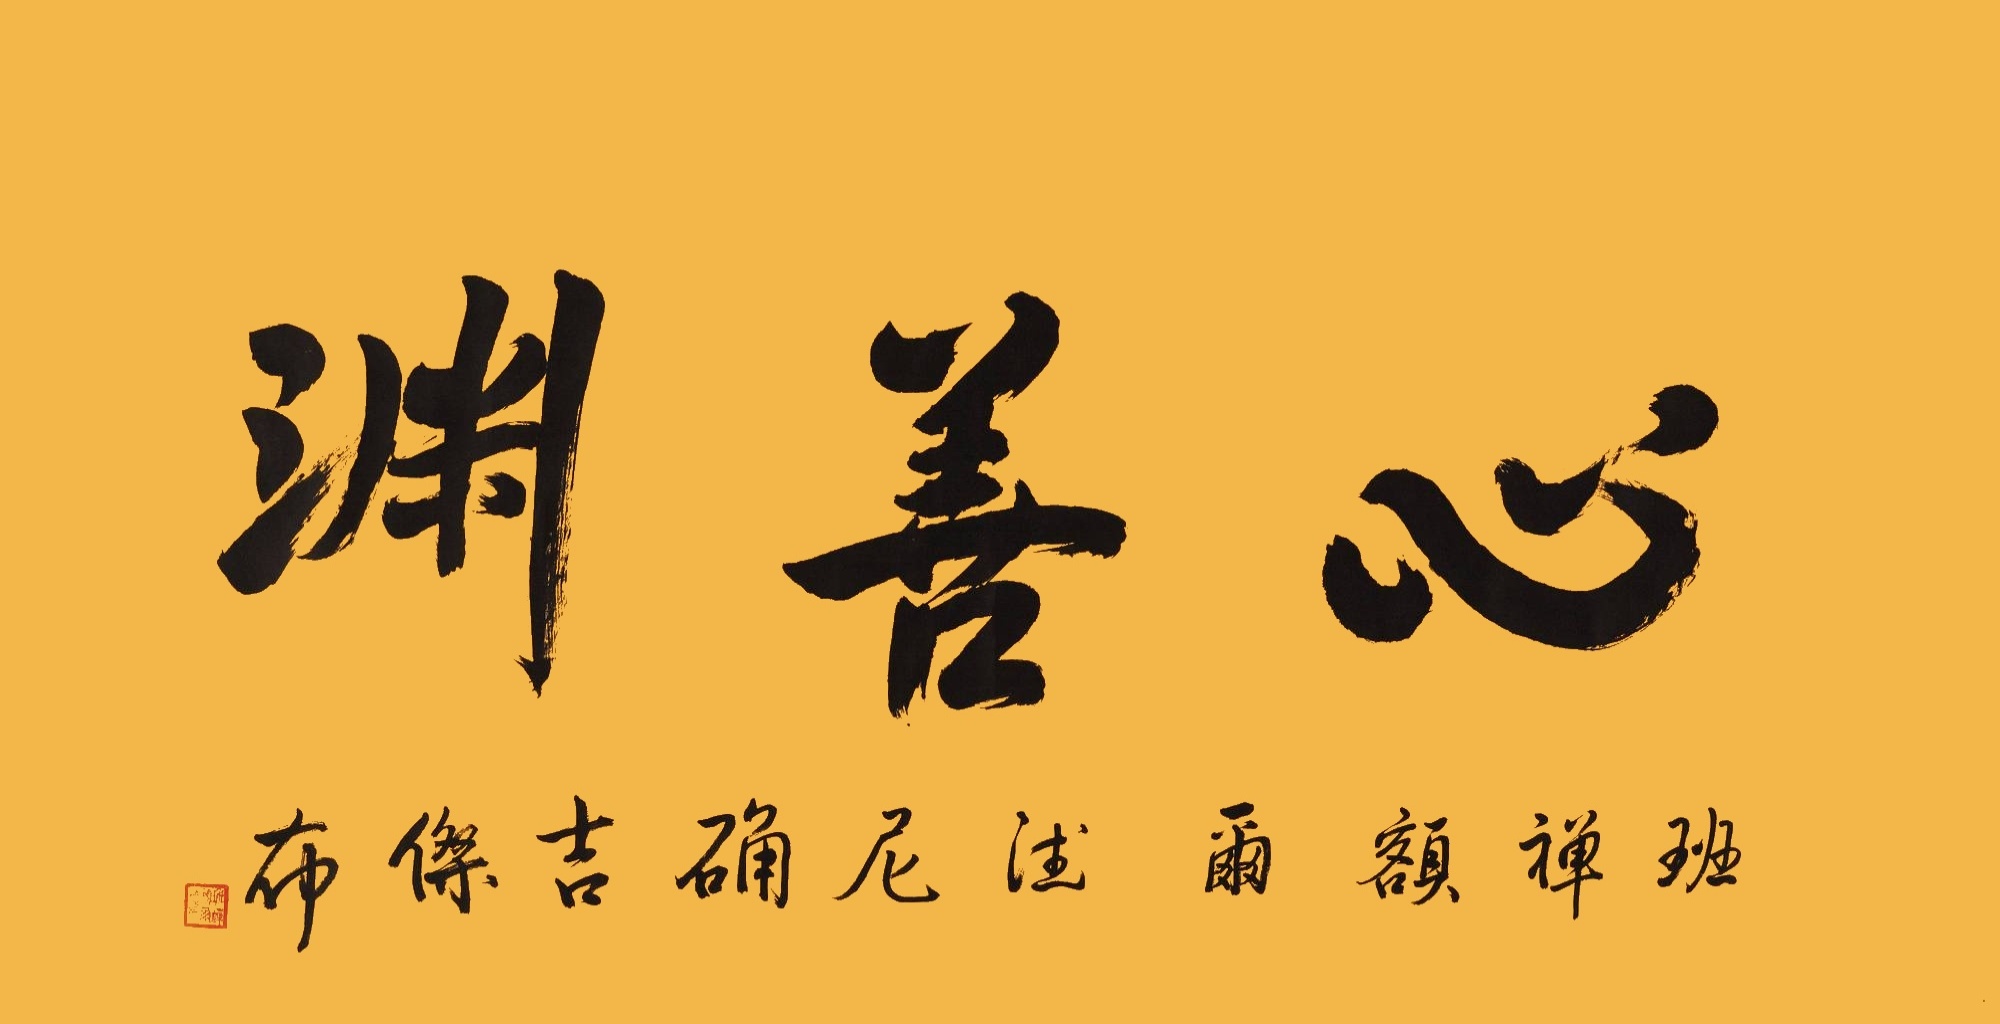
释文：心善渊班禅额尔德尼确吉杰布。